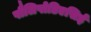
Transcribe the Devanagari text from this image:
पौलिपोडिएसिई